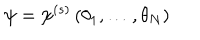
\psi = \psi ^ { ( s ) } \left( \theta _ { 1 } , \dots , \theta _ { N } \right)